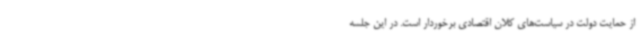
از حمایت دولت در سیاست‌های کلان اقتصادی برخوردار است. در این جلسه